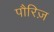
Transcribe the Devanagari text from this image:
पौरिज़